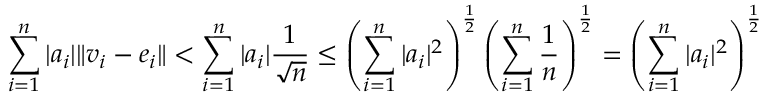
\sum _ { i = 1 } ^ { n } | a _ { i } | \| v _ { i } - e _ { i } \| < \sum _ { i = 1 } ^ { n } | a _ { i } | \frac { 1 } { \sqrt { n } } \leq \left( \sum _ { i = 1 } ^ { n } | a _ { i } | ^ { 2 } \right) ^ { \frac { 1 } { 2 } } \left( \sum _ { i = 1 } ^ { n } \frac { 1 } { n } \right) ^ { \frac { 1 } { 2 } } = \left( \sum _ { i = 1 } ^ { n } | a _ { i } | ^ { 2 } \right) ^ { \frac { 1 } { 2 } }